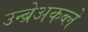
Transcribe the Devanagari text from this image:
उन्ब्रेअकब्ले